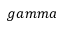
g a m m a